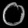
Digit: ၀